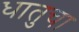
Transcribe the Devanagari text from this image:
धातुचा